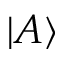
| A \rangle